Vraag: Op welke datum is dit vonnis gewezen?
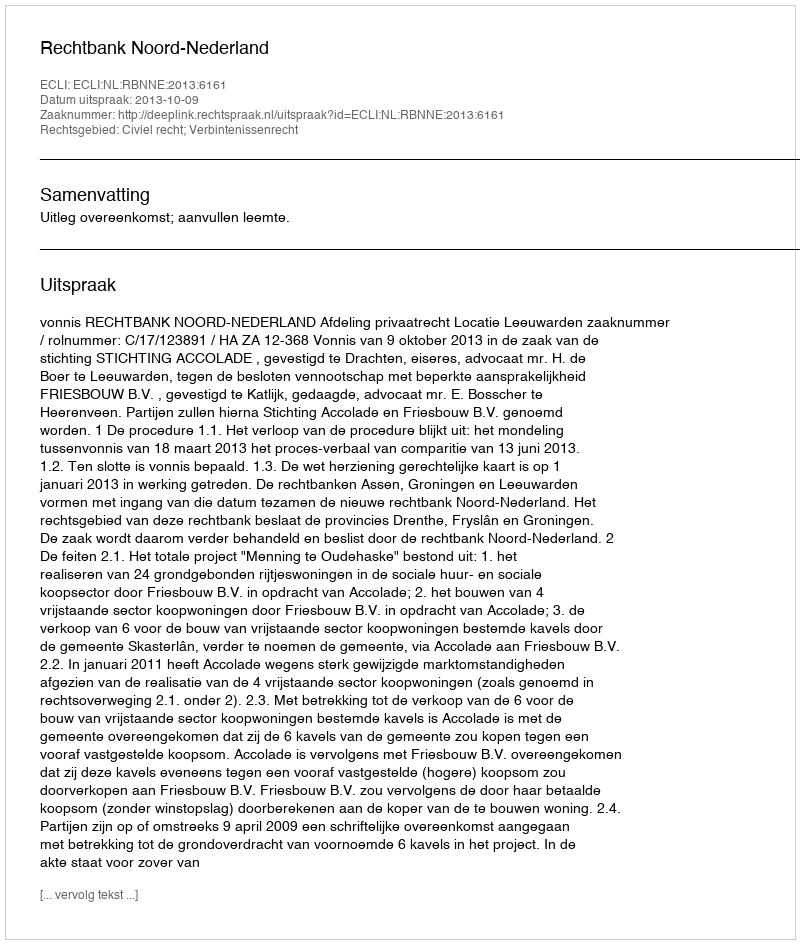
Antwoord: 2013-10-09